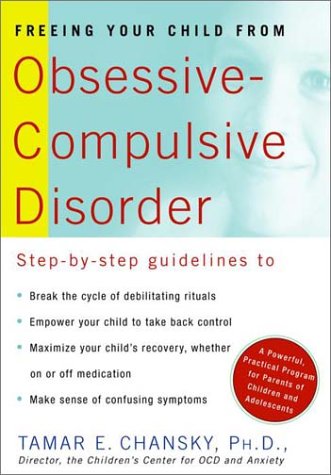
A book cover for Freeing Your Child from Obsessive-Compulsive Disorder: A Powerful, Practical Program for Parents of Children and Adolescents; Tamar E. Chansky; Parenting & Relationships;